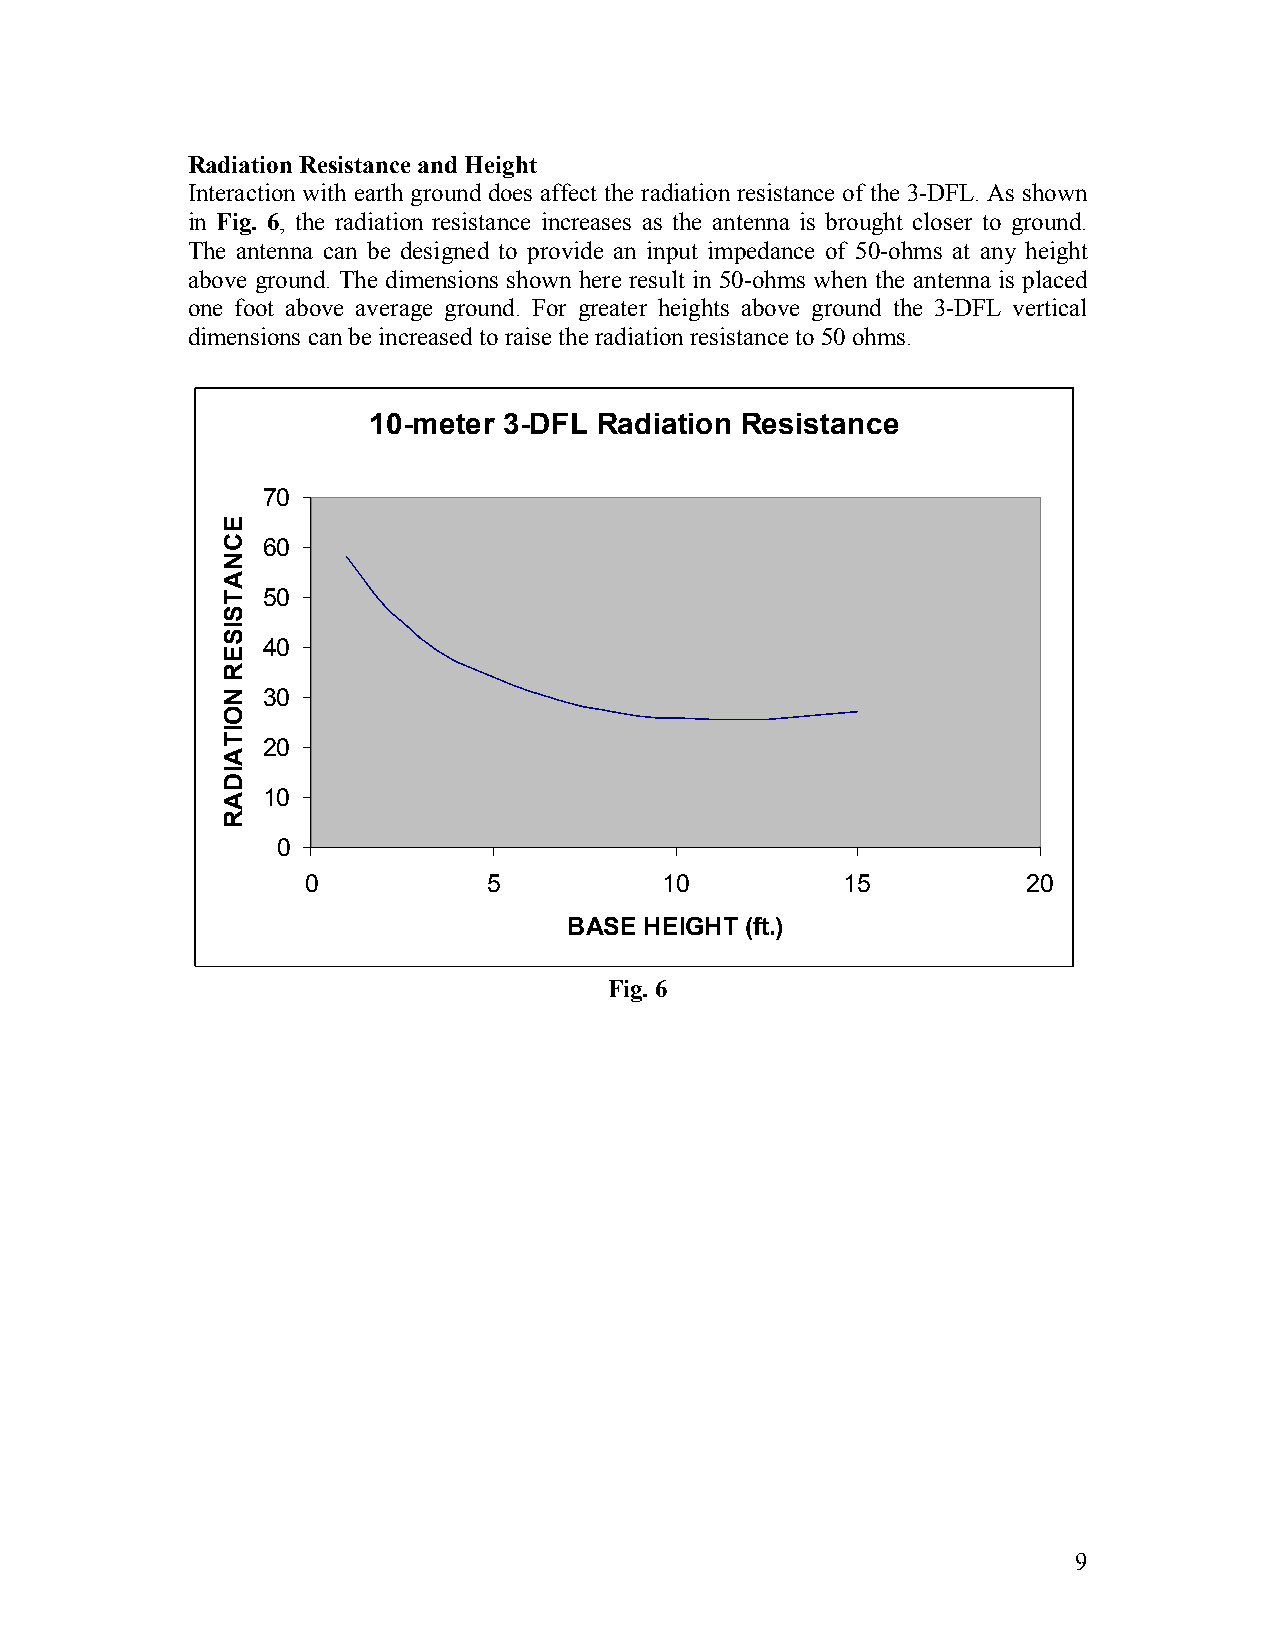
Radiation Resistance and Height
 Interaction with earth ground does affect the radiation resistance of the 3-DFL. As shown
 in Fig. 6, the radiation resistance increases as the antenna is brought closer to ground.
 The antenna can be designed to provide an input impedance of 50-ohms at any height
 above ground. The dimensions shown here result in 50-ohms when the antenna is placed
 one foot above average ground. For greater heights above ground the 3-DFL vertical
 dimensions can be increased to raise the radiation resistance to 50 ohms.
 10-meter 3-DFL  Radiation Resistance
 70
 60
 50
 40
 30
 20
 10
 0
 0           5           10          15          20
 BASE HEIGHT (ft.)
 Fig. 6
 9
 ECNATSISER
 NOITAIDAR